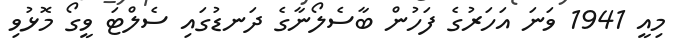
މިއީ 1941 ވަނަ އަހަރުގެ ފަހުން ބާސެލޯނާގެ ދަނޑުގައި ސެލްޓަ ވީގޯ މޮޅުވި